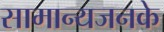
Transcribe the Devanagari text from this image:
सामान्यजनके